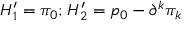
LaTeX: H _ { 1 } ^ { \prime } = \pi _ { 0 } ; _ { } { } _ { } H _ { 2 } ^ { \prime } = p _ { 0 } - \partial ^ { k } \pi _ { k }